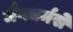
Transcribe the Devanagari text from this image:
जैनधर्मसे